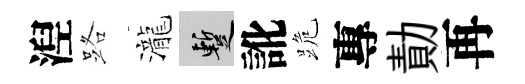
湼路瀧暫訛跪專勣再